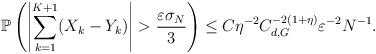
LaTeX: \begin{align*}\mathbb{P}\left(\left|\sum_{k=1}^{K+1}(X_k-Y_k)\right|>\frac{\varepsilon\sigma_N}{3}\right)\leq C\eta^{-2}C_{d,G}^{-2(1+\eta)}\varepsilon^{-2}N^{-1}.\end{align*}